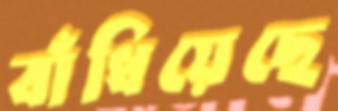
বাঁধিয়েছে